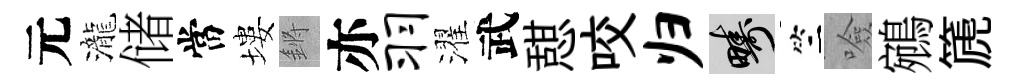
元瀧储當塿鏘亦羽濯武憇咬归疇竺噞鵷篪